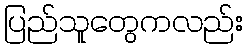
ပြည်သူတွေကလည်း